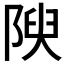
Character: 𨺺